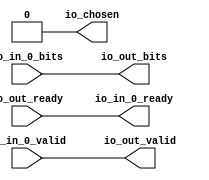
module Arbiter_10
(
  io_in_0_ready,
  io_in_0_valid,
  io_in_0_bits,
  io_out_ready,
  io_out_valid,
  io_out_bits,
  io_chosen
);

  input io_in_0_valid;
  input io_in_0_bits;
  input io_out_ready;
  output io_in_0_ready;
  output io_out_valid;
  output io_out_bits;
  output io_chosen;
  wire io_in_0_ready,io_out_valid,io_out_bits,io_chosen,io_out_ready,io_in_0_valid,
  io_in_0_bits;
  assign io_chosen = 1'b0;
  assign io_in_0_ready = io_out_ready;
  assign io_out_valid = io_in_0_valid;
  assign io_out_bits = io_in_0_bits;

endmodule